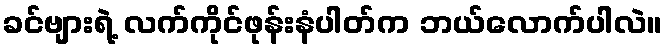
ခင်ဗျားရဲ့ လက်ကိုင်ဖုန်းနံပါတ်က ဘယ်လောက်ပါလဲ။